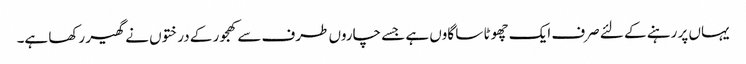
یہاں پر رہنے کے لئے صرف ایک چھوٹا سا گاوں ہے جسے چاروں طرف سے کھجور کے درختوں نے گھیر رکھا ہے۔